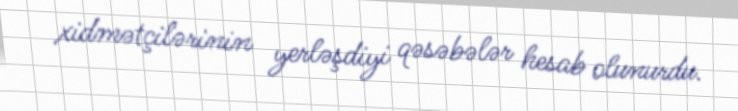
xidmətçilərinin yerləşdiyi qəsəbələr hesab olunurdu.